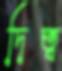
দিত্ব